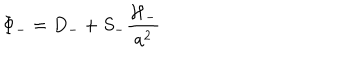
LaTeX: \Phi _ { - } = D _ { - } + S _ { - } \frac { \cal { H } _ { - } } { a ^ { 2 } }